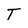
Character: T